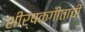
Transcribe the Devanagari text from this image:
शीर्षकगीताची